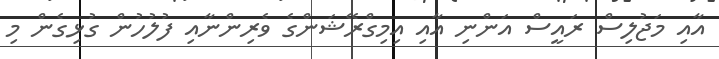
އާއި މަޖުލިސް ރައީސް އަންނި އާއި އިމިގްރޭޝަންގެ ވެރިންނާއި ފުލުހުން ގުޅިގެން މި